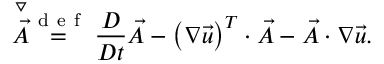
\stackrel { \triangledown } { \vec { A } } \stackrel { \mathrm { ~ d ~ e ~ f ~ } } { = } \frac { D } { D t } \vec { A } - \left( \boldsymbol { \nabla } \vec { u } \right) ^ { T } \cdot \vec { A } - \vec { A } \cdot \boldsymbol { \nabla } \vec { u } .